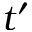
t ^ { \prime }